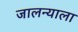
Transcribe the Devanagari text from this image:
जालन्याला